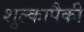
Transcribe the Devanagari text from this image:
शुल्कापैकी